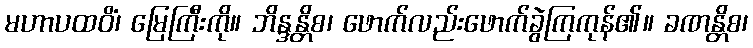
မဟာပထဝိံ၊ မြေကြီးကို။ ဘိန္ဒန္တိစ၊ ဖောက်လည်းဖောက်ခွဲကြကုန်၏။ ခဏန္တိစ၊